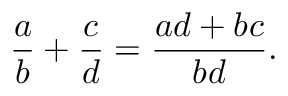
{ \frac { a } { b } } + { \frac { c } { d } } = { \frac { a d + b c } { b d } } .